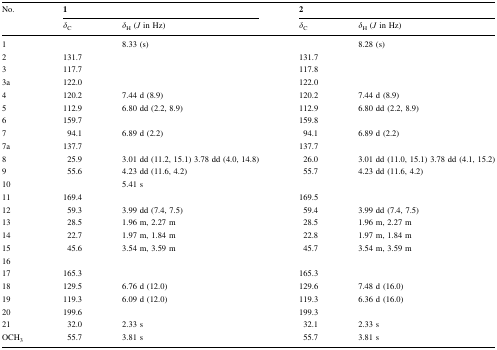
<table><thead><tr><td rowspan="2"><b>No.</b></td><td colspan="2"><b>1</b></td><td colspan="2"><b>2</b></td></tr><tr><td><b><i>δ</i><sub>C</sub></b></td><td><b><i>δ</i><sub>H</sub> (<i>J</i> in Hz)</b></td><td><b><i>δ</i><sub>C</sub></b></td><td><b><i>δ</i><sub>H</sub> (<i>J</i> in Hz)</b></td></tr></thead><tbody><tr><td>1</td><td></td><td>8.33 (s)</td><td></td><td>8.28 (s)</td></tr><tr><td>2</td><td>131.7</td><td></td><td>131.7</td><td></td></tr><tr><td>3</td><td>117.7</td><td></td><td>117.8</td><td></td></tr><tr><td>3a</td><td>122.0</td><td></td><td>122.0</td><td></td></tr><tr><td>4</td><td>120.2</td><td>7.44 d (8.9)</td><td>120.2</td><td>7.44 d (8.9)</td></tr><tr><td>5</td><td>112.9</td><td>6.80 dd (2.2, 8.9)</td><td>112.9</td><td>6.80 dd (2.2, 8.9)</td></tr><tr><td>6</td><td>159.7</td><td></td><td>159.8</td><td></td></tr><tr><td>7</td><td>94.1</td><td>6.89 d (2.2)</td><td>94.1</td><td>6.89 d (2.2)</td></tr><tr><td>7a</td><td>137.7</td><td></td><td>137.7</td><td></td></tr><tr><td>8</td><td>25.9</td><td>3.01 dd (11.2, 15.1) 3.78 dd (4.0, 14.8)</td><td>26.0</td><td>3.01 dd (11.0, 15.1) 3.78 dd (4.1, 15.2)</td></tr><tr><td>9</td><td>55.6</td><td>4.23 dd (11.6, 4.2)</td><td>55.7</td><td>4.23 dd (11.6, 4.2)</td></tr><tr><td>10</td><td></td><td>5.41 s</td><td></td><td></td></tr><tr><td>11</td><td>169.4</td><td></td><td>169.5</td><td></td></tr><tr><td>12</td><td>59.3</td><td>3.99 dd (7.4, 7.5)</td><td>59.4</td><td>3.99 dd (7.4, 7.5)</td></tr><tr><td>13</td><td>28.5</td><td>1.96 m, 2.27 m</td><td>28.5</td><td>1.96 m, 2.27 m</td></tr><tr><td>14</td><td>22.7</td><td>1.97 m, 1.84 m</td><td>22.8</td><td>1.97 m, 1.84 m</td></tr><tr><td>15</td><td>45.6</td><td>3.54 m, 3.59 m</td><td>45.7</td><td>3.54 m, 3.59 m</td></tr><tr><td>16</td><td></td><td></td><td></td><td></td></tr><tr><td>17</td><td>165.3</td><td></td><td>165.3</td><td></td></tr><tr><td>18</td><td>129.5</td><td>6.76 d (12.0)</td><td>129.6</td><td>7.48 d (16.0)</td></tr><tr><td>19</td><td>119.3</td><td>6.09 d (12.0)</td><td>119.3</td><td>6.36 d (16.0)</td></tr><tr><td>20</td><td>199.6</td><td></td><td>199.3</td><td></td></tr><tr><td>21</td><td>32.0</td><td>2.33 s</td><td>32.1</td><td>2.33 s</td></tr><tr><td>OCH<sub>3</sub></td><td>55.7</td><td>3.81 s</td><td>55.7</td><td>3.81 s</td></tr></tbody></table>